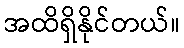
အထိရှိနိုင်တယ်။